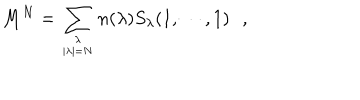
M ^ { N } = \sum _ { { \lambda \atop | \lambda | = N } } n ( \lambda ) S _ { \lambda } ( 1 , \cdots , 1 ) \, \, \, \, ,